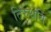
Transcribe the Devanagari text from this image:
तिरुथनि